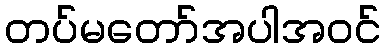
တပ်မတော်အပါအဝင်